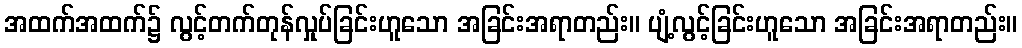
အထက်အထက်၌ လွင့်တက်တုန်လှုပ်ခြင်းဟူသော အခြင်းအရာတည်း။ ပျံ့လွင့်ခြင်းဟူသော အခြင်းအရာတည်း။